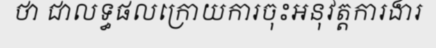
ថា ជាលទ្ធផលក្រោយការចុះអនុវត្តការងារ